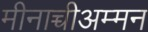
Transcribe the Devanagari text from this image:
मीनाच्चीअम्मन